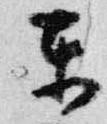
東